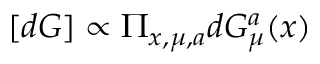
[ d G ] \propto \Pi _ { x , \mu , a } d G _ { \mu } ^ { a } ( x )